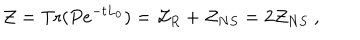
LaTeX: { \cal Z } = \mathrm { T r } ( P e ^ { - t L _ { 0 } } ) = { \cal Z } _ { R } + { \cal Z } _ { N S } = 2 { \cal Z } _ { N S } \ ,